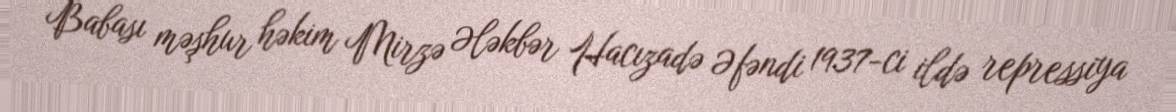
Babası məşhur həkim Mirzə Ələkbər Hacızadə Əfəndi 1937-ci ildə repressiya